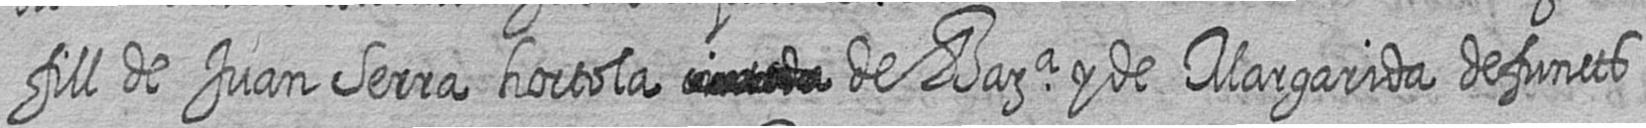
fill de Juan Serra hortola # de Bara y de Margarida defuncts